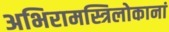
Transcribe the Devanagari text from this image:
अभिरामस्त्रिलोकानां